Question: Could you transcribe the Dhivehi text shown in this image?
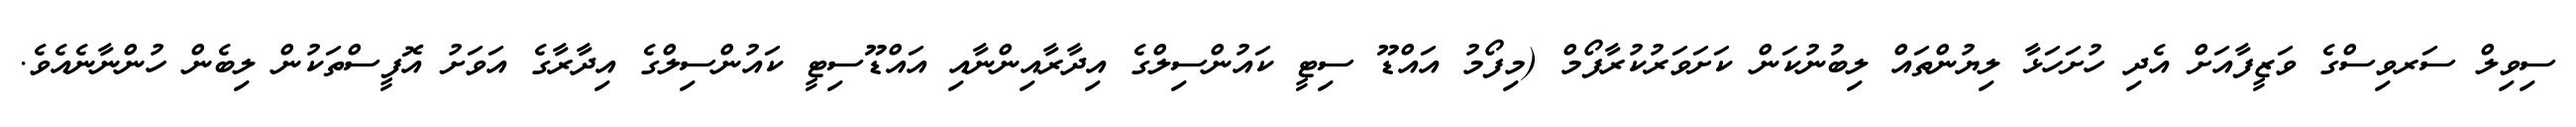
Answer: ސިވިލް ސަރވިސްގެ ވަޒީފާއަށް އެދި ހުށަހަޅާ ލިޔުންތައް ލިބުނުކަން ކަށަވަރުކުރާފޯމް (މިފޯމު އައްޑޫ ސިޓީ ކައުންސިލްގެ އިދާރާއިންނާއި އައްޑޫސިޓީ ކައުންސިލްގެ އިދާރާގެ އަވަށު އޮފީސްތަކުން ލިބެން ހުންނާނެއެވެ.